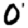
Digit: 0